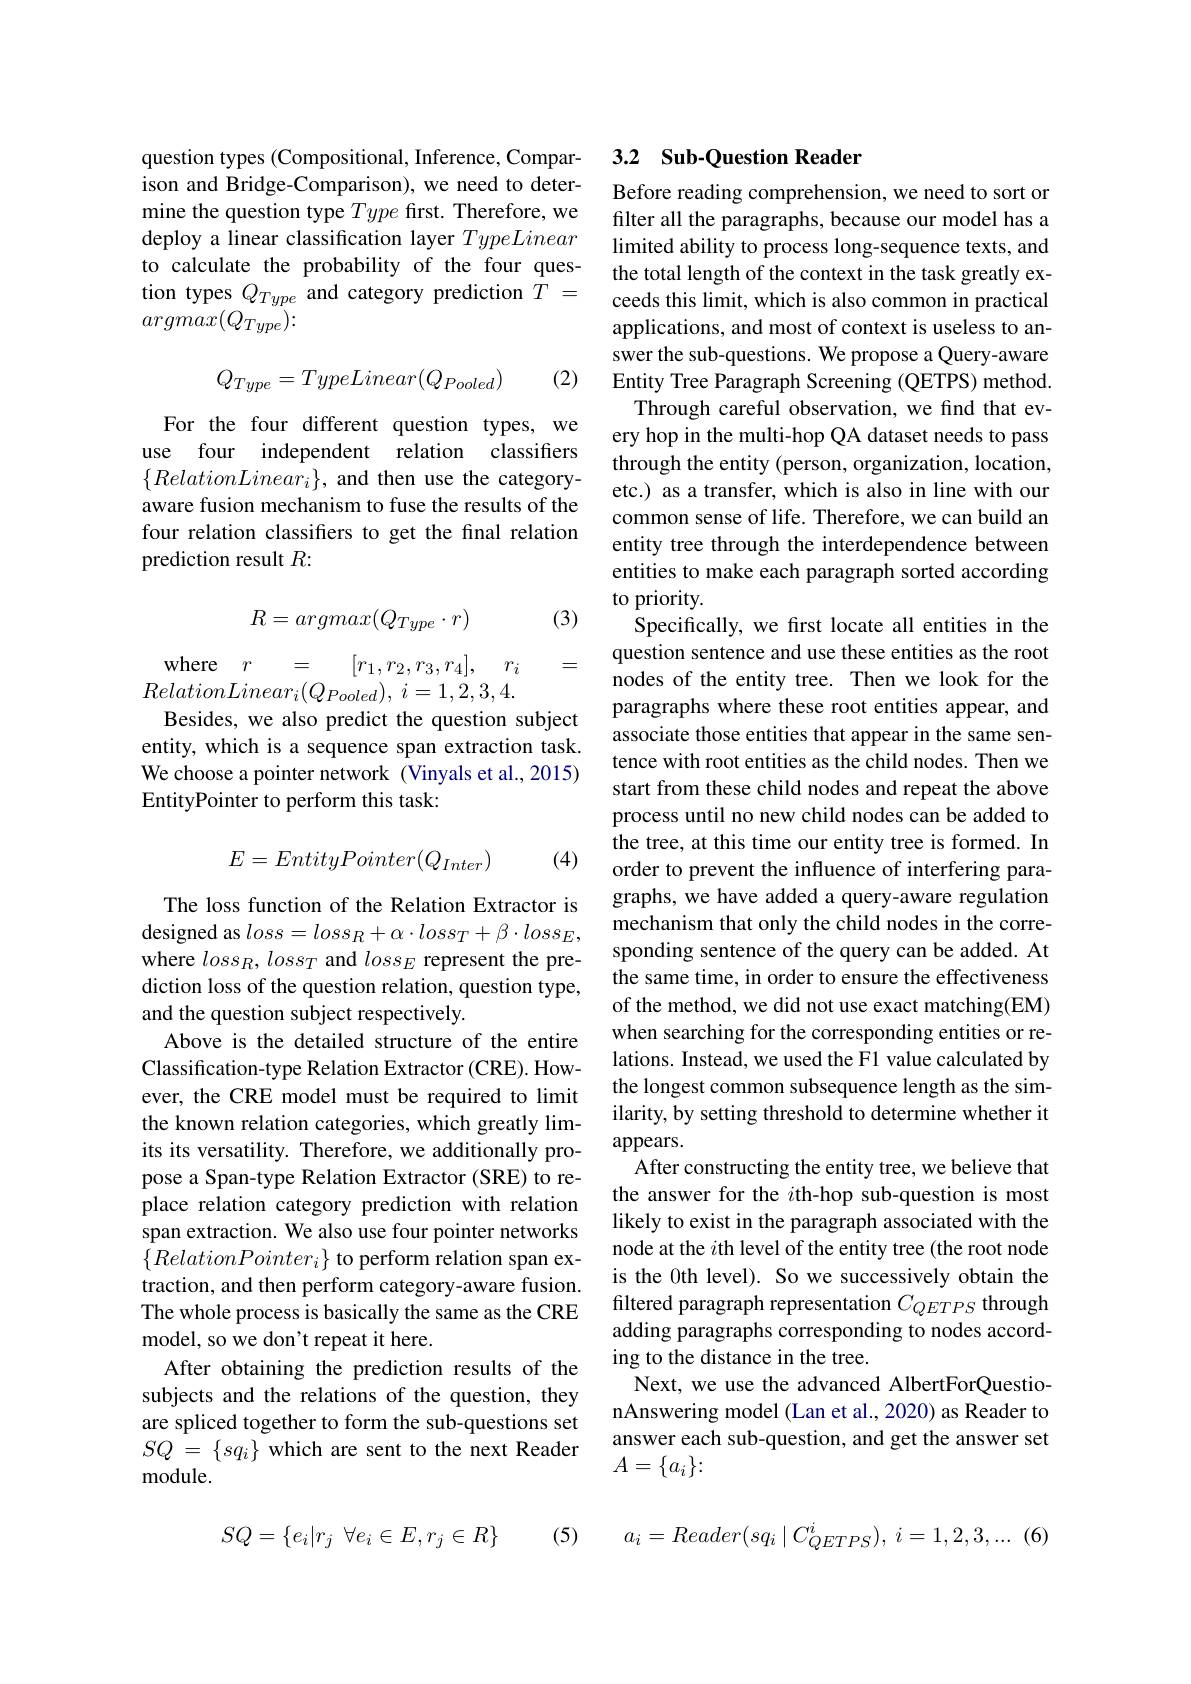
question types (Compositional, Inference, Comparison and Bridge-Comparison), we need to determine the question type Type first. Therefore, we deploy a linear classification layer TypeLinear to calculate the probability of the four question types $Q_{Type}$ and category prediction $T=$ $argmax(Q_{Type})\colon$
$$Q_{Type}=TypeLinear(Q_{Pooled})$$
(2)

For the four different question types, we use four independent relation classifiers $\{RelationLinear_{i}\}$, and then use the categoryaware fusion mechanism to fuse the results of the four relation classifers to get the final relation prediction result $R:$

(3)
$$R=argmax(Q_{Type}\cdot r)$$
where $r$
$$r\quad=\quad[r_1,r_2,r_3,r_4],$$
$r_i$
$RelationLinear_{i}( Q_{Pooled}) $, $i= 1, 2, 3, 4.$

=

Besides, we also predict the question subject entity, which is a sequence span extraction task. We choose a pointer network (Vinyals et al., 2015) EntityPointer to perform this task:
$$E=EntityPointer(Q_{Inter})$$
(4)

The loss function of the Relation Extractor is designed as $loss=loss_R+\alpha\cdot loss_T+\beta\cdot loss_E$, where $loss_R,loss_T$ and $loss_E$ represent the prediction loss of the question relation, question type, and the question subject respectively.
Above is the detailed structure of the entire Classification-type Relation Extractor (CRE). However, the CRE model must be required to limit the known relation categories, which greatly limits its versatility. Therefore, we additionally propose a Span-type Relation Extractor (SRE) to replace relation category prediction with relation span extraction. We also use four pointer networks $\{RelationPointer_i\}$ to perform relation span extraction, and then perform category-aware fusion. The whole process is basically the same as the CRE model, so we don't repeat it here.
After obtaining the prediction results of the subjects and the relations of the question, they are spliced together to form the sub-questions set $SQ$ = $\{ sq_{i}\}$ which are sent to the next Reader module.

(5)

$SQ= \{ e_{i}| r_{j}$ $\forall e_{i}\in E, r_{j}\in R\}$

## 3.2 Sub-Question Reader

Before reading comprehension, we need to sort or filter all the paragraphs, because our model has a limited ability to process long-sequence texts, and the total length of the context in the task greatly exceeds this limit, which is also common in practical applications, and most of context is useless to answer the sub-questions. We propose a Query-aware Entity Tree Paragraph Screening (QETPS) method. Through careful observation, we find that ev-
ery hop in the multi-hop QA dataset needs to pass through the entity (person, organization, location, etc.) as a transfer, which is also in line with our common sense of life. Therefore, we can build an entity tree through the interdependence between entities to make each paragraph sorted according to priority.
Specifically, we first locate all entities in the question sentence and use these entities as the root nodes of the entity tree. Then we look for the paragraphs where these root entities appear, and associate those entities that appear in the same sentence with root entities as the child nodes. Then we start from these child nodes and repeat the above process until no new child nodes can be added to the tree, at this time our entity tree is formed. In order to prevent the influence of interfering paragraphs, we have added a query-aware regulation mechanism that only the child nodes in the corresponding sentence of the query can be added. At the same time, in order to ensure the effectiveness of the method, we did not use exact matching(EM) when searching for the corresponding entities or relations. Instead, we used the F1 value calculated by the longest common subsequence length as the similarity, by setting threshold to determine whether it appears.
After constructing the entity tree, we believe that the answer for the $i$th-hop sub-question is most likely to exist in the paragraph associated with the node at the $i$th level of the entity tree (the root node is the 0th level). So we successively obtain the filtered paragraph representation $C_{QETPS}$ through adding paragraphs corresponding to nodes according to the distance in the tree.
Next, we use the advanced AlbertForQuestionAnswering model (Lan et al., 2020) as Reader to answer each sub-question, and get the answer set $A=\{a_i\}\colon$

$a_{i}= Reader( sq_{i}\mid C_{QETPS}^{i}) $, $i= 1, 2, 3, . . .$ (6)